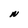
Character: N